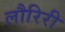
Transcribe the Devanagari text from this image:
लौरिरी